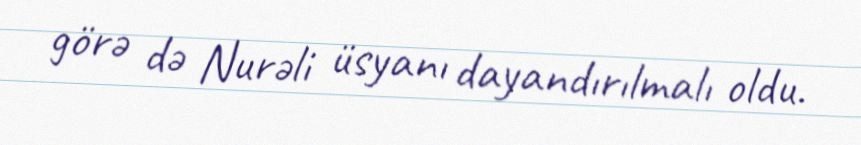
görə də Nurəli üsyanı dayandırılmalı oldu.